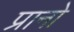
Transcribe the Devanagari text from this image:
प्रानो